Civil Veterinary Dept. North-West Frontier Province 1923-32 - 1923-1932
Year: 1923
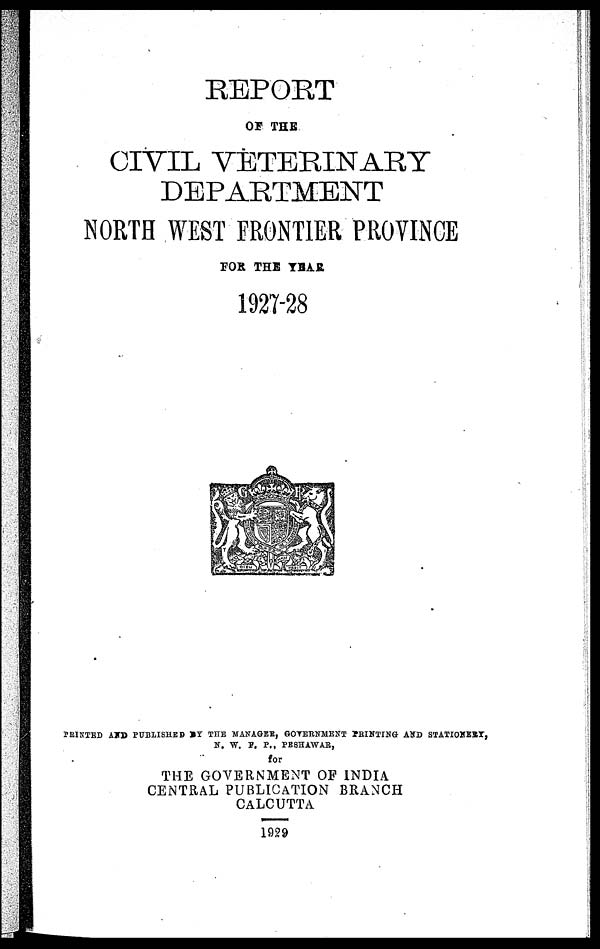
REPORT
OF THE
CIVIL VETERINARY
DEPARTMENT
NORTH WEST FRONTIER PROVINCE
FOR THE YEAR
1927-28
PRINTED AND PUBLISHED BY THE MANAGER, GOVERNMENT PRINTING AND STATIONERY,
N. W. F. P., PESHAWAR,
for
THE GOVERNMENT OF INDIA
CENTRAL PUBLICATION BRANCH
CALCUTTA
1929